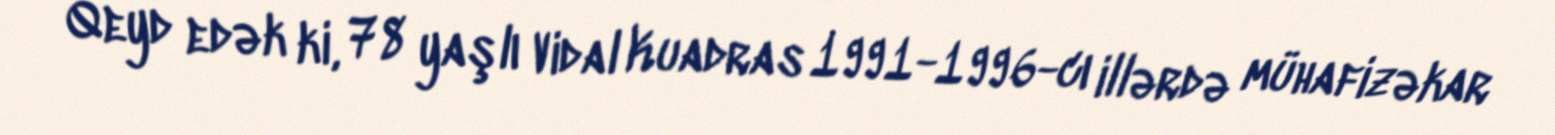
Qeyd edək ki, 78 yaşlı Vidal Kuadras 1991-1996-cı illərdə mühafizəkar